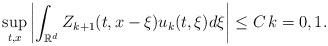
LaTeX: \begin{align*}\sup_{t, x}\left|\int_{\mathbb{R}^d}Z_{k+1}(t, x-\xi)u_{k}(t, \xi)d\xi\right| \leq C\, k=0, 1.\end{align*}